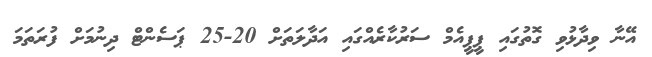
އޭނާ ވިދާޅުވި ގޮތުގައި ޕީޕީއެމް ސަރުކާރެއްގައި އަދާލަތަށް 20-25 ޕަސެންޓް ދިނުމަށް ފުރަތަމަ